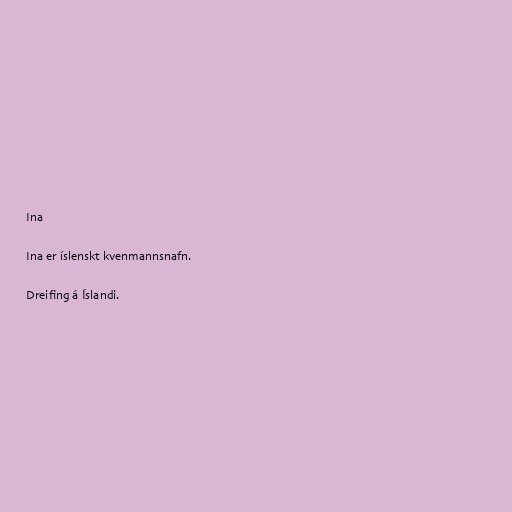
Ina

Ina er íslenskt kvenmannsnafn.

Dreifing á Íslandi.